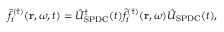
\bar { f } _ { i } ^ { ( \dagger ) } ( \mathbf { r } , \omega , t ) = \hat { U } _ { \mathrm { S P D C } } ^ { \dagger } ( t ) \hat { f } _ { i } ^ { ( \dagger ) } ( \mathbf { r } , \omega ) \hat { U } _ { \mathrm { S P D C } } ( t ) ,